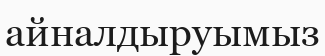
айналдыруымыз